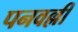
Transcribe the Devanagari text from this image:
पनवल्ली